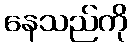
နေသည်ကို